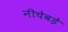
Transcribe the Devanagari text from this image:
नीचेबड़े